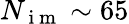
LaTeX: N_{\mathrm{~i~m~}}\sim 65